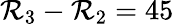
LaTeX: \mathcal{R}_{3}-\mathcal{R}_{2}=45